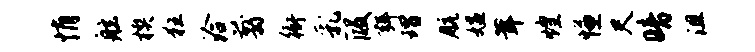
悄舷楔狂洽翦衙乳段弭瑁航媪茸煌慊尺暗沮